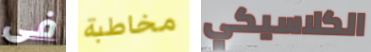
فى مخاطبة الكلاسيكي